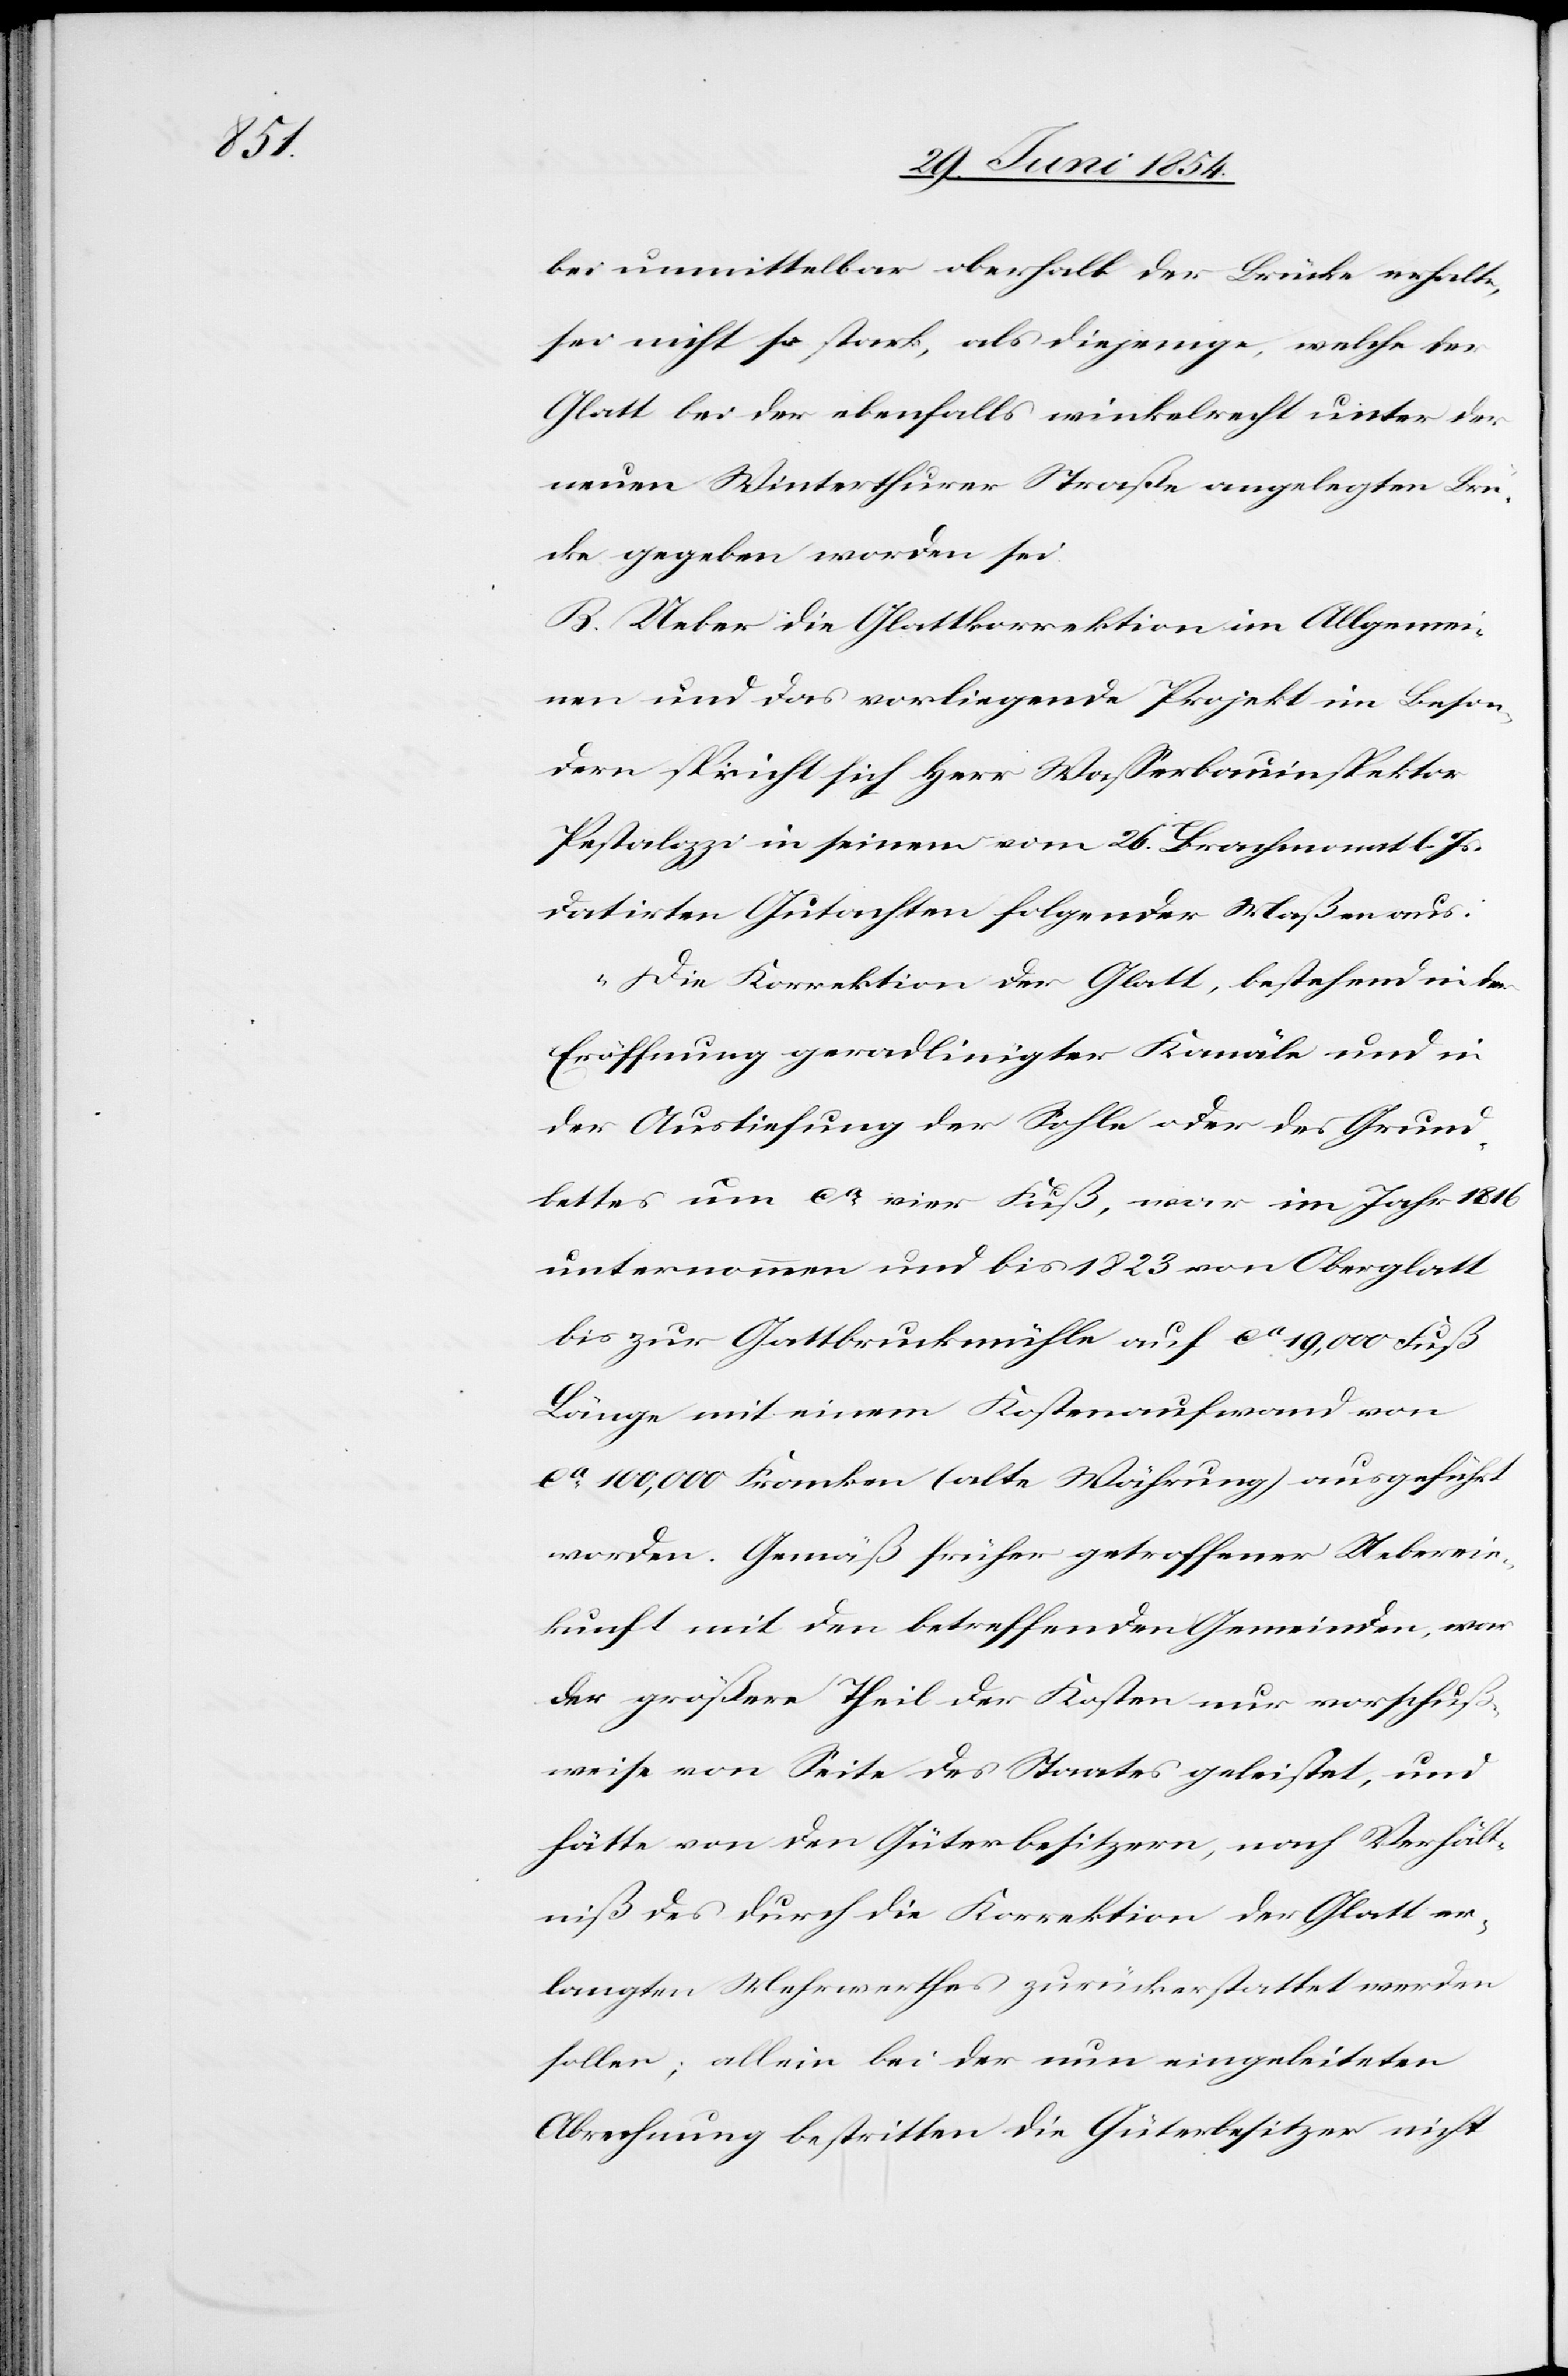
bei unmittelbar oberhalb der Brücke erhalte,
sei nicht so stark, als diejenige, welche der
Glatt bei der ebenfalls winkelrecht unter der
neuen Winterthurer Straße angelegten Brü¬
cke gegeben worden sei.
B. Ueber die Glattkorrektion im Allgemei¬
nen und das vorliegende Projekt im Beson¬
dern spricht sich Herr Waßerbauinspektor
Pestalozzi in seinem vom 26. Brachmonat l. Js.
datirten Gutachten folgender Maßen aus:
„Die Korrektion der Glatt, bestehend in der
Eröffnung geradlinigter Kanäle und in
der Austiefung der Sohle oder des Grund¬
bettes um ca vier Fuß, war im Jahr 1816
unternommen und bis 1823 von Oberglatt
bis zur Glattbruckmühle auf ca 19,000 Fuß
Länge mit einem Kostenaufwand von
ca 100,000 Franken (alte Währung) ausgeführt
werden. Gemäß früher getroffener Ueberein¬
kunft mit den betreffenden Gemeinden, war
der größere Theil der Kosten nur vorschuß¬
weise von Seite des Staates geleistet, und
hätte von den Güterbesitzern, nach Verhält¬
niß des durch die Korrektion der Glatt er¬
langten Mehrwerthes zurückerstattet werden
sollen; allein bei der nun eingeleiteten
Abrechnung bestritten die Güterbesitzer nicht